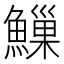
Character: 䲃